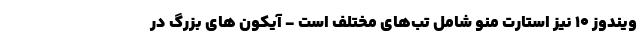
ویندوز 10 نیز استارت منو شامل تب‌های مختلف است - آیکون های بزرگ در